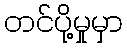
တင်ပို့မှုမှာ